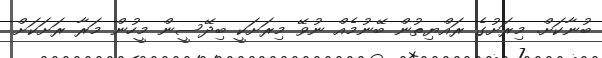
ބުނާކަށް. މިރަށުގެ ރައްޔިތުން ބޭނުމެއް ނުވޭ މިރަށަކީ ބިދޭސީން މީހުން މަރާ ރަށަކަށް